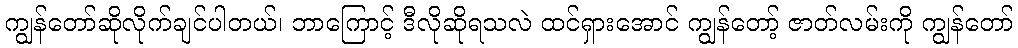
ကျွန်တော်ဆိုလိုက်ချင်ပါတယ်၊ ဘာကြောင့် ဒီလိုဆိုရသလဲ ထင်ရှားအောင် ကျွန်တော့် ဇာတ်လမ်းကို ကျွန်တော်